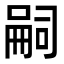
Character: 嗣